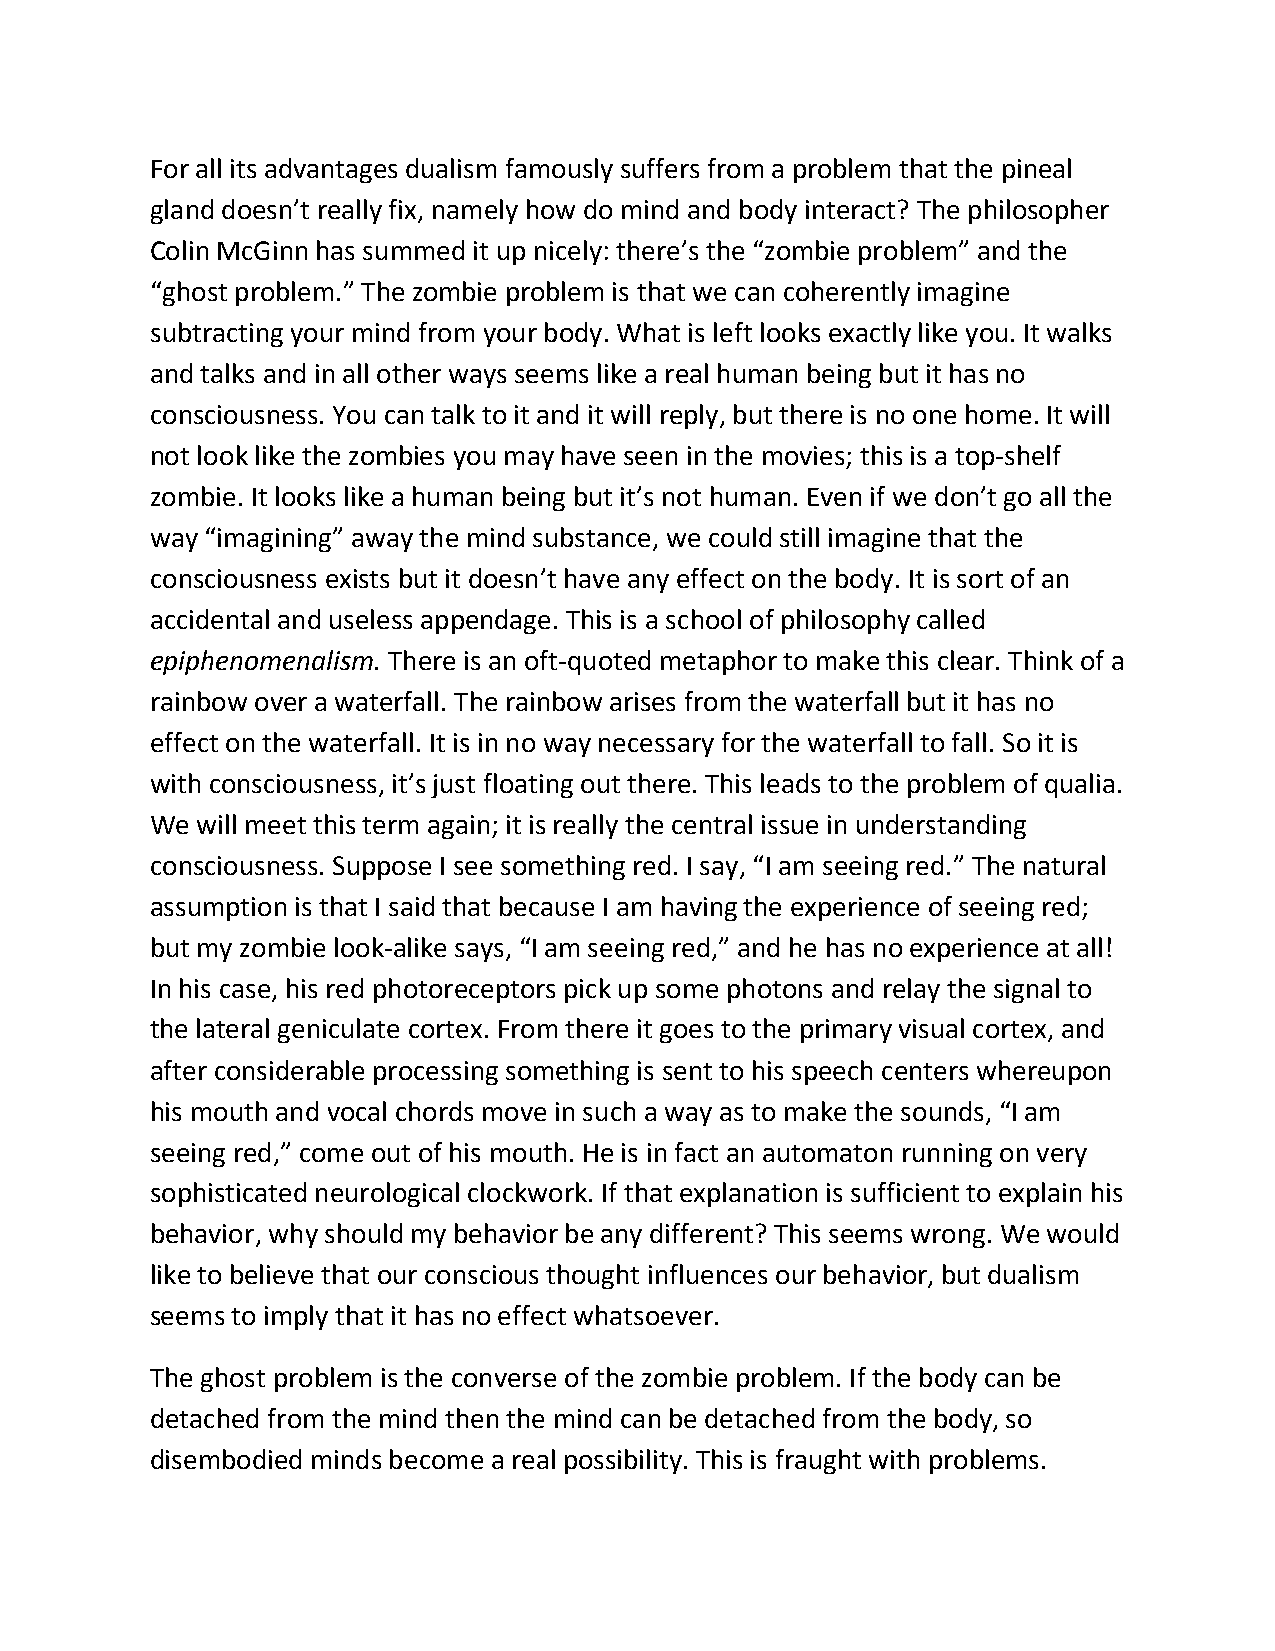
For all its advantages dualism famously suffers from a problem that the pineal
 gland doesn’t really fix, namely how do mind and body interact? The philosopher
 Colin McGinn has summed it up nicely: there’s the “zombie problem” and the
 “ghost problem.” The zombie problem is that we can coherently imagine
 subtracting your mind from your body. What is left looks exactly like you. It walks
 and talks and in all other ways seems like a real human being but it has no
 consciousness. You can talk to it and it will reply, but there is no one home. It will
 not look like the zombies you may have seen in the movies; this is a top-shelf
 zombie. It looks like a human being but it’s not human. Even if we don’t go all the
 way “imagining” away the mind substance, we could still imagine that the
 consciousness exists but it doesn’t have any effect on the body. It is sort of an
 accidental and useless appendage. This is a school of philosophy called
 epiphenomenalism. There is an oft-quoted metaphor to make this clear. Think of a
 rainbow over a waterfall. The rainbow arises from the waterfall but it has no
 effect on the waterfall. It is in no way necessary for the waterfall to fall. So it is
 with consciousness, it’s just floating out there. This leads to the problem of qualia.
 We will meet this term again; it is really the central issue in understanding
 consciousness. Suppose I see something red. I say, “I am seeing red.” The natural
 assumption is that I said that because I am having the experience of seeing red;
 but my zombie look-alike says, “I am seeing red,” and he has no experience at all!
 In his case, his red photoreceptors pick up some photons and relay the signal to
 the lateral geniculate cortex. From there it goes to the primary visual cortex, and
 after considerable processing something is sent to his speech centers whereupon
 his mouth and vocal chords move in such a way as to make the sounds, “I am
 seeing red,” come out of his mouth. He is in fact an automaton running on very
 sophisticated neurological clockwork. If that explanation is sufficient to explain his
 behavior, why should my behavior be any different? This seems wrong. We would
 like to believe that our conscious thought influences our behavior, but dualism
 seems to imply that it has no effect whatsoever.
 The ghost problem is the converse of the zombie problem. If the body can be
 detached from the mind then the mind can be detached from the body, so
 disembodied minds become a real possibility. This is fraught with problems.